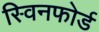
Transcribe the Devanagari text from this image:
स्विनफोर्ड